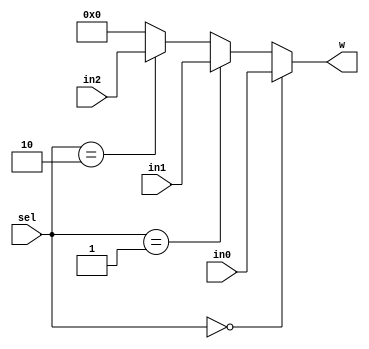
module MUX3 (in0,in1,in2,sel,w);
  input [1:0]sel;
  input [31:0] in0,in1,in2;
  output [31:0] w;
  assign w=(sel==2'b00) ? in0 :
           (sel==2'b01) ? in1 :
           (sel==2'b10) ? in2 : 32'b0;
           
 endmodule